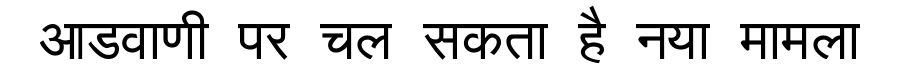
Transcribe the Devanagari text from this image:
आडवाणी पर चल सकता है नया मामला